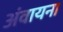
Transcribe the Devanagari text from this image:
अंवायना